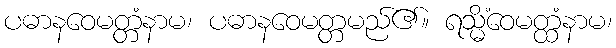
ပဓာနဝေမတ္တံနာမ၊ ပဓာနဝေမတ္တမည်၏။ ရသ္မိံဝေမတ္ထံနာမ၊